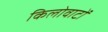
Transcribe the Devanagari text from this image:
किलोवाटों